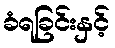
ခံရခြင်းနှင့်